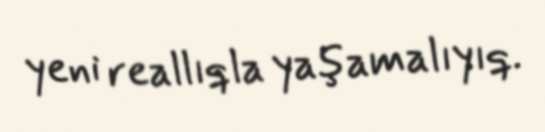
yeni reallıqla yaşamalıyıq.